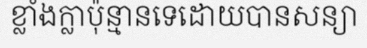
ខ្លាំងក្លាប៉ុន្មានទេដោយបានសន្យា